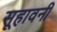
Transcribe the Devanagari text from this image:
सूहावनी